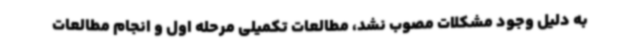
به دلیل وجود مشکلات مصوب نشد، مطالعات تکمیلی مرحله اول و انجام مطالعات